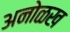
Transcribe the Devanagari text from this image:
अनोळख